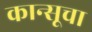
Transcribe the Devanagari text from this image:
कान्सूचा